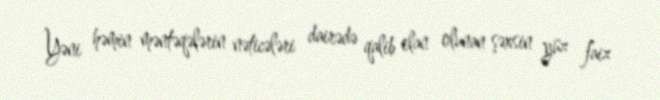
Yəni həmin məntəqələrin nəticələri dairədə qalib elan olunan şəxsin yüz faiz